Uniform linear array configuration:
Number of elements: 4
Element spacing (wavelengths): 0.5
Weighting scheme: blackman
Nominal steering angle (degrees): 45
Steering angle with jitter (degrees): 46.395
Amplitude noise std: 0.05
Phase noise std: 0.05

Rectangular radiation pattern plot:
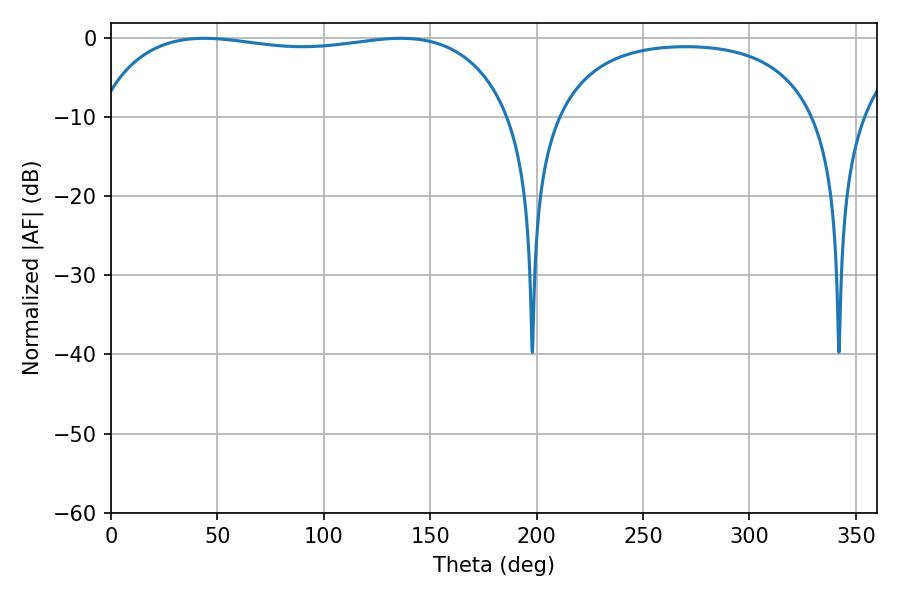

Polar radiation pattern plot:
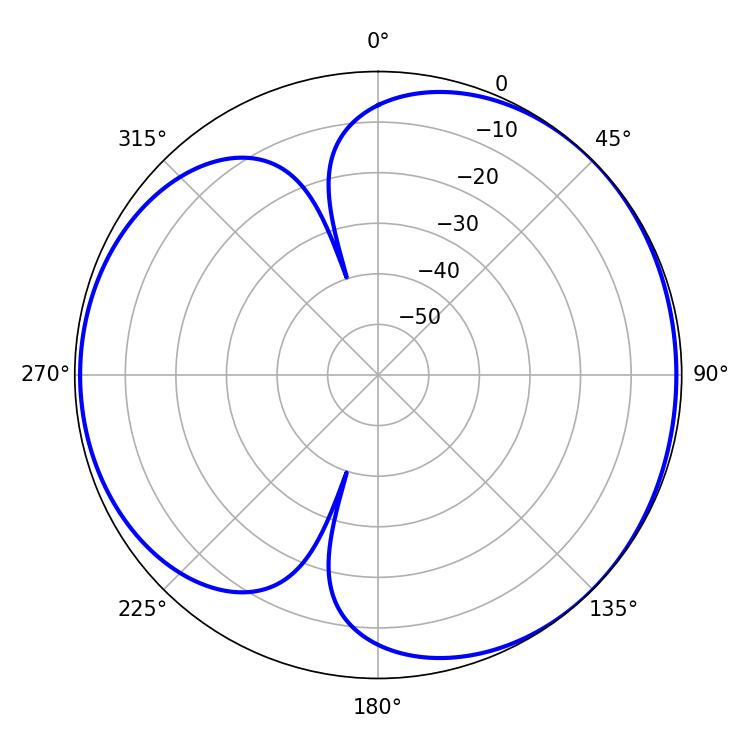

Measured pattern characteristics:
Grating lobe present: FALSE
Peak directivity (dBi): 4.338
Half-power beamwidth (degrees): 157.68
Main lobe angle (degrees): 43.74